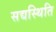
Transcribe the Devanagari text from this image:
सद्यस्थिति